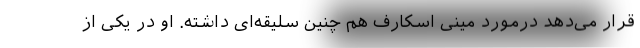
قرار می‌دهد درمورد مینی اسکارف هم چنین سلیقه‌ای داشته. او در یکی از